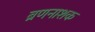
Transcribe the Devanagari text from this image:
ब्रणनाशक